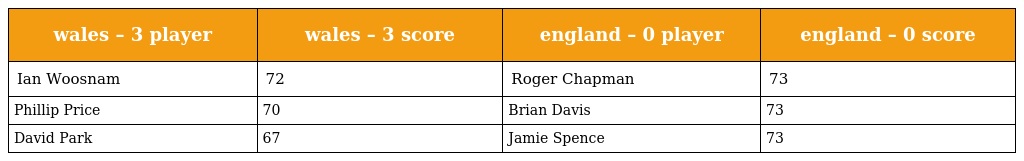
| wales – 3 player | wales – 3 score | england – 0 player | england – 0 score |
 | --- | --- | --- | --- |
 | Ian Woosnam | 72 | Roger Chapman | 73 |
 | Phillip Price | 70 | Brian Davis | 73 |
 | David Park | 67 | Jamie Spence | 73 |